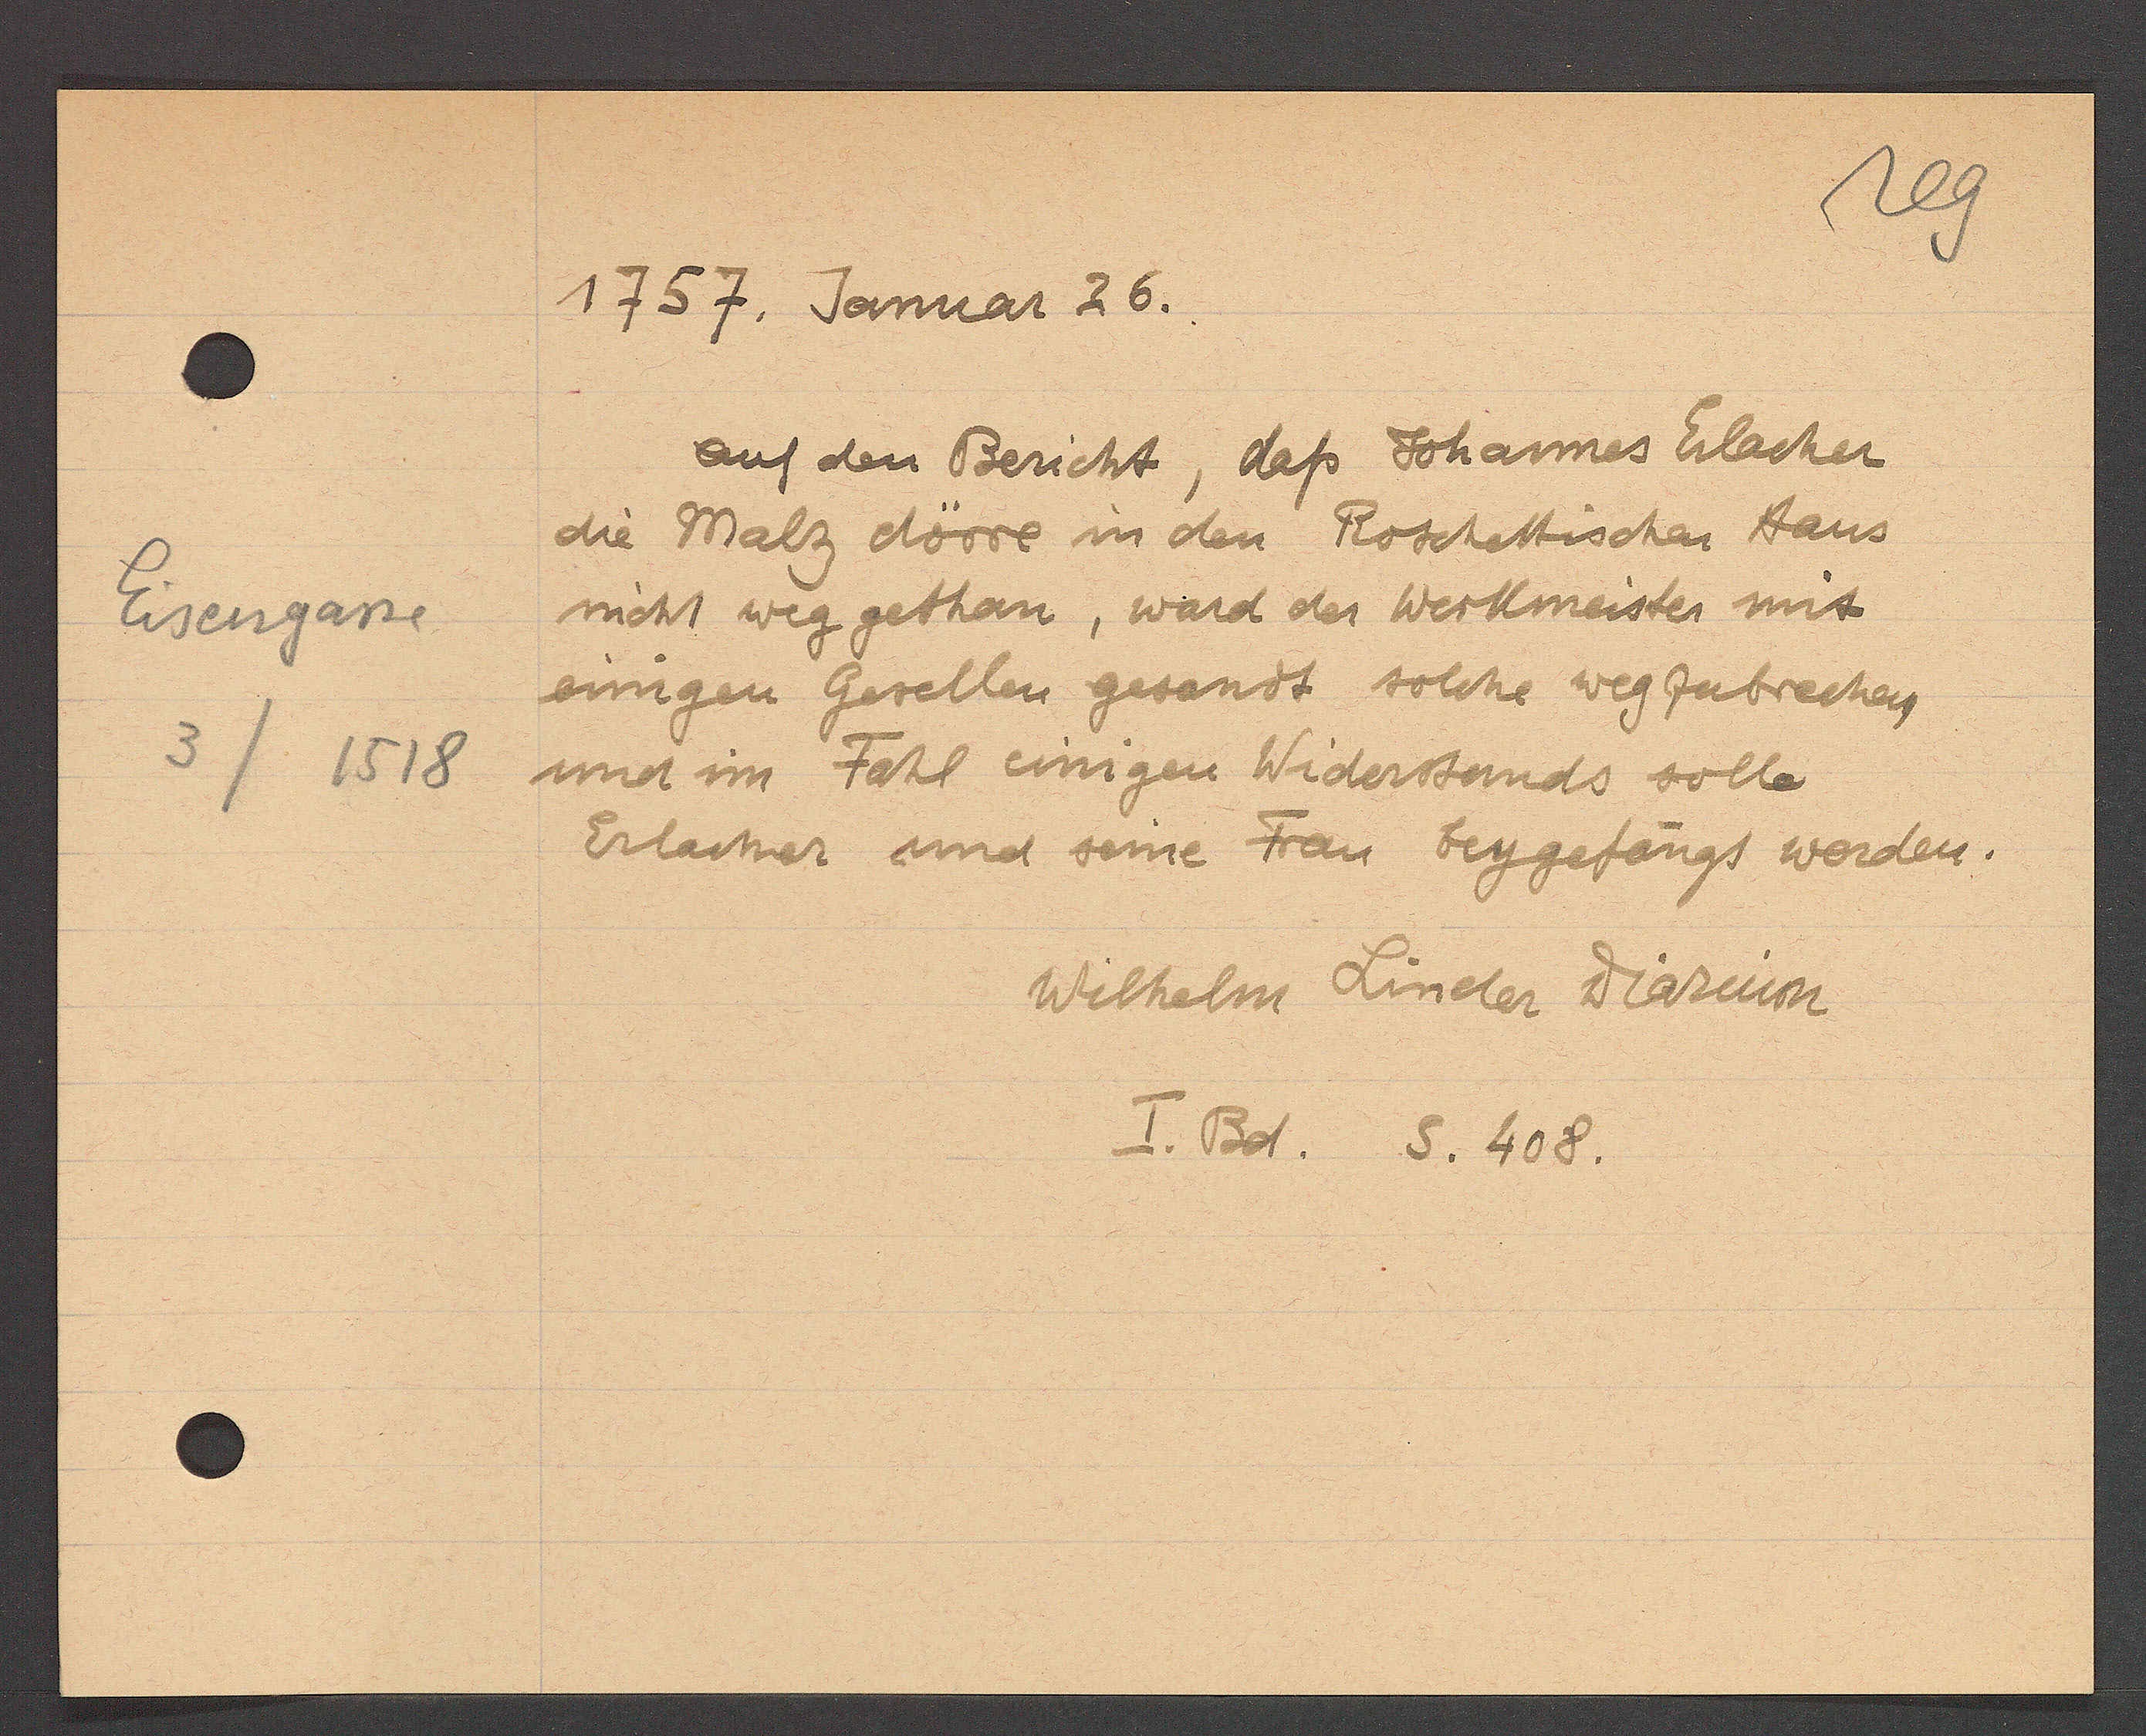
Transcript:
Eisengasse
3 / 1518

1757. Januar 26.
auf den Bericht, daß Johannes Erlacher
die Malz dörre in den Roschettischen Haus
nicht weg gethan, ward der Werkmeister mit
einigen Gesellen gesandt solche wegzubrechen
und im Fahl einigen Widerstands solle
Erlacher und seine Frau beygefängs werden.
Wilhelm Linder Diarium
I. Bd. S. 408.